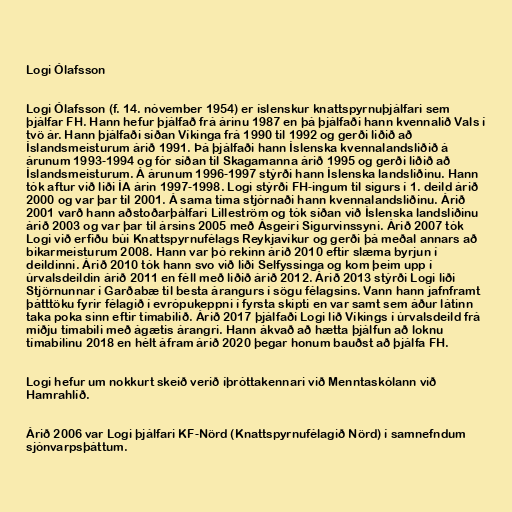
Logi Ólafsson

Logi Ólafsson (f. 14. nóvember 1954) er íslenskur knattspyrnuþjálfari sem
þjálfar FH. Hann hefur þjálfað frá árinu 1987 en þá þjálfaði hann kvennalið Vals í
tvö ár. Hann þjálfaði síðan Víkinga frá 1990 til 1992 og gerði liðið að
Íslandsmeisturum árið 1991. Þá þjálfaði hann Íslenska kvennalandsliðið á
árunum 1993-1994 og fór síðan til Skagamanna árið 1995 og gerði liðið að
Íslandsmeisturum. Á árunum 1996-1997 stýrði hann Íslenska landsliðinu. Hann
tók aftur við liði ÍA árin 1997-1998. Logi stýrði FH-ingum til sigurs í 1. deild árið
2000 og var þar til 2001. Á sama tíma stjórnaði hann kvennalandsliðinu. Árið
2001 varð hann aðstoðarþálfari Lilleström og tók síðan við Íslenska landsliðinu
árið 2003 og var þar til ársins 2005 með Ásgeiri Sigurvinssyni. Árið 2007 tók
Logi við erfiðu búi Knattspyrnufélags Reykjavíkur og gerði þá meðal annars að
bikarmeisturum 2008. Hann var þó rekinn árið 2010 eftir slæma byrjun í
deildinni. Árið 2010 tók hann svo við liði Selfyssinga og kom þeim upp í
úrvalsdeildin árið 2011 en féll með liðið árið 2012. Árið 2013 stýrði Logi liði
Stjörnunnar í Garðabæ til besta árangurs í sögu félagsins. Vann hann jafnframt
þátttöku fyrir félagið í evrópukeppni í fyrsta skipti en var samt sem áður látinn
taka poka sinn eftir tímabilið. Árið 2017 þjálfaði Logi lið Víkings í úrvalsdeild frá
miðju tímabili með ágætis árangri. Hann ákvað að hætta þjálfun að loknu
tímabilinu 2018 en hélt áfram árið 2020 þegar honum bauðst að þjálfa FH.

Logi hefur um nokkurt skeið verið íþróttakennari við Menntaskólann við
Hamrahlíð.

Árið 2006 var Logi þjálfari KF-Nörd (Knattspyrnufélagið Nörd) í samnefndum
sjónvarpsþáttum.